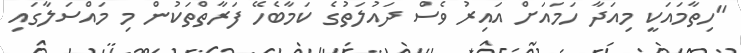
"ހިތާމައަކީ މިއަދާ ހަމައަށް އައިރު ވެސް ދައުލަތުގެ ކަމާބެހޭ ފަރާތްތަކުން މި މައްސަލާގައި